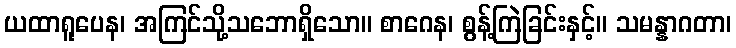
ယထာရူပေန၊ အကြင်သို့သဘောရှိသော။ စာဂေန၊ စွန့်ကြဲခြင်းနှင့်။ သမန္နာဂတာ၊